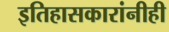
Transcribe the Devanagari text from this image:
इतिहासकारांनीही